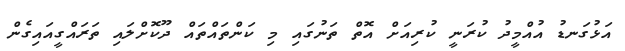
އަޅުގަނޑު އުއްމީދު ކުރަނީ ކުރިއަށް އޮތް ތަނުގައި މި ކަންތައްތައް ދޫކޮށްލައި ތަރައްގީއައިގެން